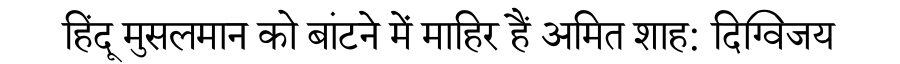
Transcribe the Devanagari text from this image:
हिंदू मुसलमान को बांटने में माहिर हैं अमित शाह: दिग्विजय